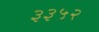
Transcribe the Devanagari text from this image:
३३५२